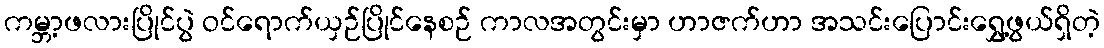
ကမ္ဘာ့ဖလားပြိုင်ပွဲ ဝင်ရောက်ယှဉ်ပြိုင်နေစဉ် ကာလအတွင်းမှာ ဟာဇက်ဟာ အသင်းပြောင်းရွှေ့ဖွယ်ရှိတဲ့